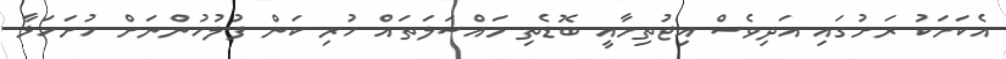
އެކަމަކު ރަށުގައި އަދިވެސް އިޖުތިމާއީ ބޮޑެތި މައްސަލަތައް ހުރި ކަން ފުލުހުންނަށް ހުށަހަޅާ